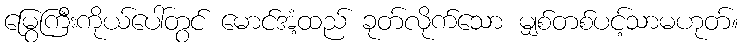
မြွေကြီးကိုယ်ပေါ်တွင် မောင်အံ့ထည် ခုတ်လိုက်သော မျှစ်တစ်ပင့်သာမဟုတ်။